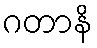
ဂတာနိ